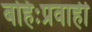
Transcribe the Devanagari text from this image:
बहिःप्रवाही